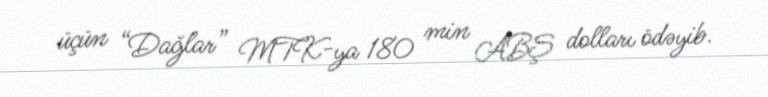
üçün “Dağlar” MTK-ya 180 min ABŞ dolları ödəyib.